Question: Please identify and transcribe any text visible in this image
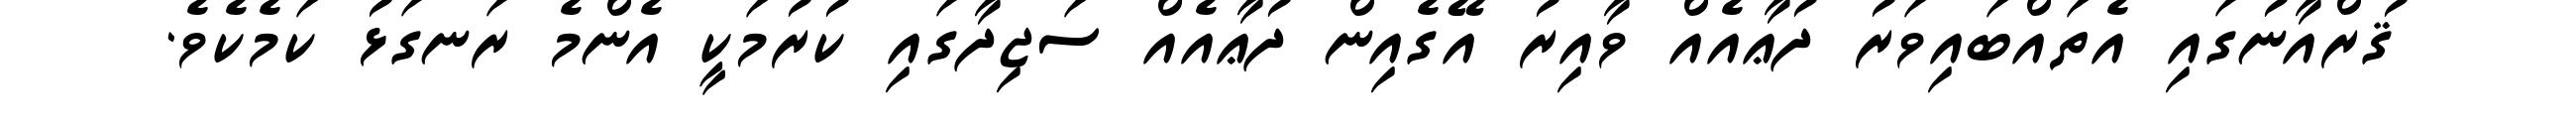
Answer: ޤުރްއާނުގައި އެތައްބައިވަރު ދުޢާއެއް ވާއިރު އޭގެއިން ދުޢާއެއް ސަޖިދާގައި ކުރުމަކީ އެންމެ ރަނގަޅު ކަމެކެވެ.